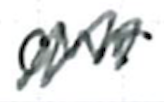
Text: our
Cross-out: zig-zag
Writing tool: ballpoint